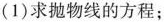
(1)求抛物线的方程；